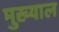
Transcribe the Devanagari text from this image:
मुख्याल